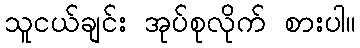
သူငယ်ချင်း အုပ်စုလိုက် စားပါ။